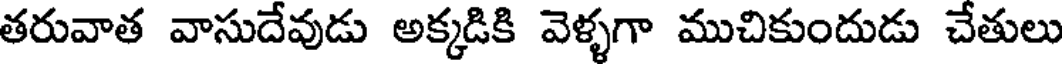
తరువాత వాసుదేవుడు అక్కడికి వెళ్ళగా ముచికుందుడు చేతులు